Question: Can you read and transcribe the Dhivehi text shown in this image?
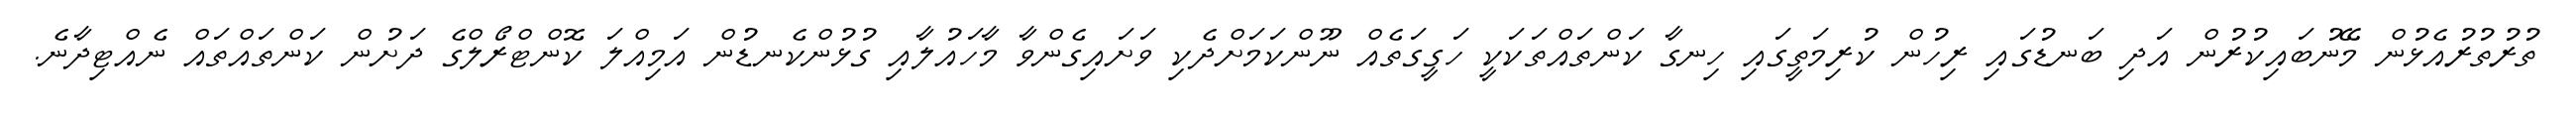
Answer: ތުރުތުރުއެޅުން މޭނުބައިކުރުން އަދި ބަނޑުގައި ރިހުން ކުރިމަތީގައި ހިނގާ ކަންތައްތަކަކީ ހަގީގަތެއް ނޫންކަމަށްދެކި ވަށައިގެންވާ މާހައުލާއި ގުޅުންކެނޑުން އަމިއްލަ ކޮންޓްރޯލްގެ ދަށުން ކަންތައްތައް ނެއްޓިދާނެ.